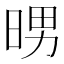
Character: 𭦉